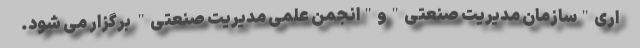
اری"سازمان مدیریت صنعتی"و"انجمن علمی مدیریت صنعتی" برگزار می شود.